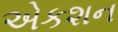
એકશન